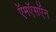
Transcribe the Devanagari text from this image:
ऍमऍसऍन